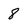
Character: 8